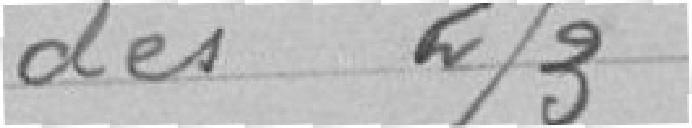
des 2/3 .